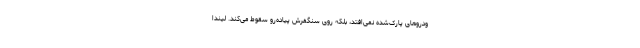
ودروهای پارک‌شده نمی‌افتد، بلکه روی سنگفرش پیاده‌رو سقوط می‌کند. لیندا